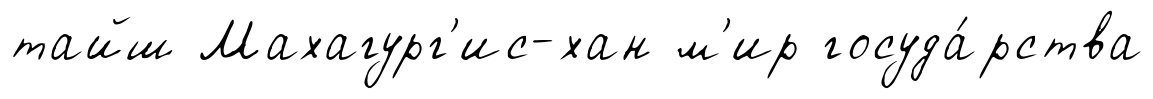
тайш Махагург'ис-хан м'ир госуда́рства